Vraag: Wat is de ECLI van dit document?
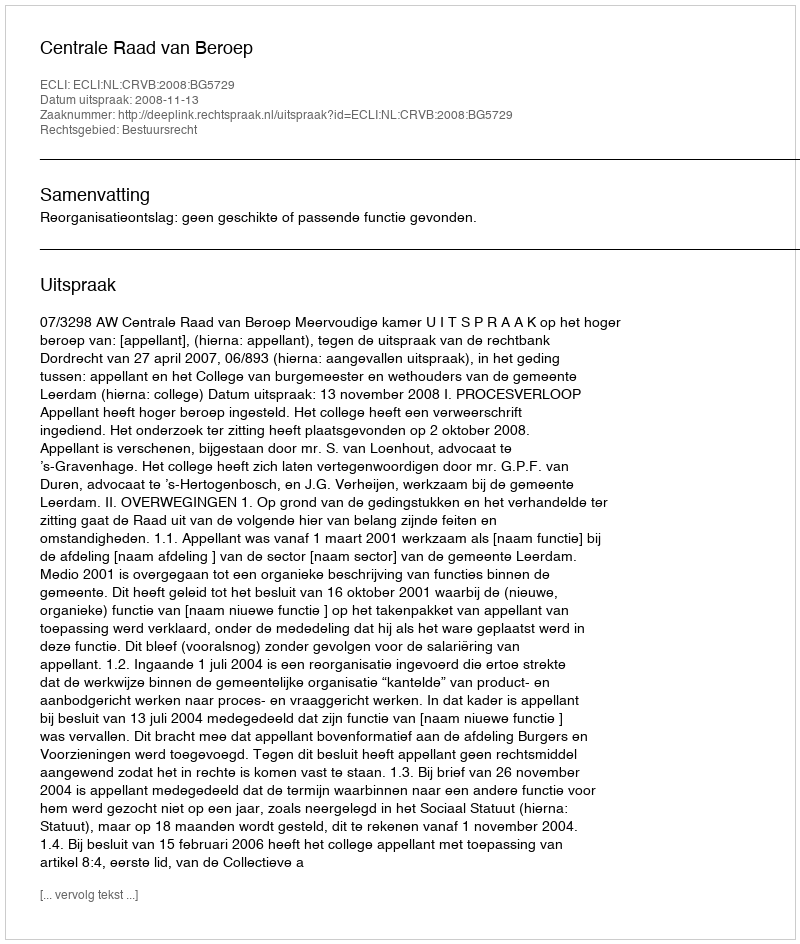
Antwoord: ECLI:NL:CRVB:2008:BG5729